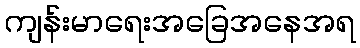
ကျန်းမာရေးအခြေအနေအရ